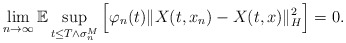
\begin{align*}\lim_{n\rightarrow\infty}\mathbb{E} \sup_{t\leq T\wedge\sigma_n^M} \Big[ \varphi_n(t) \Vert X(t,x_n) - X(t,x) \Vert_H^2 \Big] = 0.\end{align*}